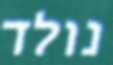
נולד